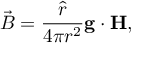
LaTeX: \vec { B } = { \frac { \hat { r } } { 4 \pi r ^ { 2 } } } { \bf g \cdot H } ,